Scientific memoirs by medical officers of the Army of India - Part III,
Year: 1887
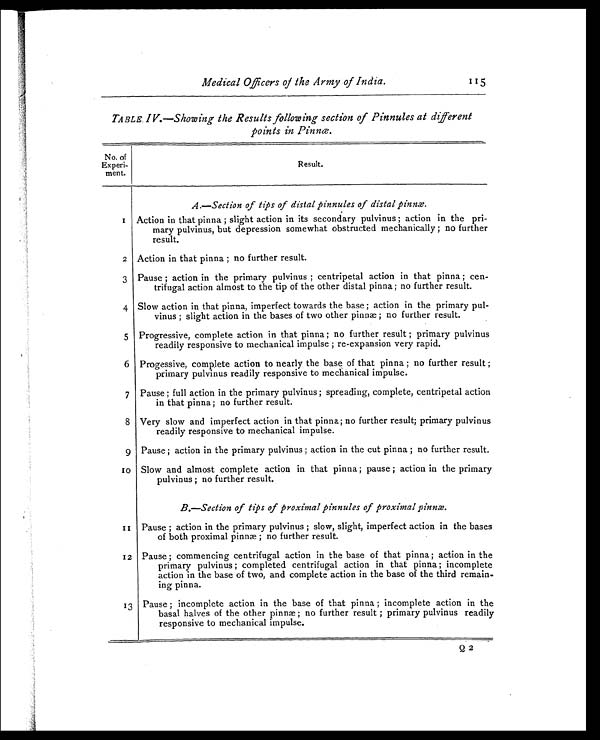
Medical Officers of the Army of India.
115
TABLE IV.—Showing the Results following section of Pinnules at different
points in Pinnœ.
No. of
Experi-
ment.
Result.
A.—Section of tips of distal pinnules of distal pinnæ.
1 Action in that pinna ; slight action in its secondary pulvinus ; action in the pri-
mary pulvinus, but depression somewhat obstructed mechanically ; no further
result.
2 Action in that pinna ; no further result.
3 Pause ; action in the primary pulvinus ; centripetal action in that pinna ; cen-
trifugal action almost to the tip of the other distal pinna; no further result.
4 Slow action in that pinna, imperfect towards the base ; action in the primary pul-
vinus ; slight action in the bases of two other pinnæ ; no further result.
5 Progressive, complete action in that pinna ; no further result ; primary pulvinus
readily responsive to mechanical impulse ; re-expansion very rapid.
6 Progessive, complete action to nearly the base of that pinna ; no further result ;
primary pulvinus readily responsive to mechanical impulse.
7 Pause ; full action in the primary pulvinus ; spreading, complete, centripetal action
in that pinna; no further result.
8 Very slow and imperfect action in that pinna; no further result; primary pulvinus
readily responsive to mechanical impulse.
9 Pause ; action in the primary pulvinus ; action in the cut pinna ; no further result.
1 0 Slow and almost complete action in that pinna ; pause ; action in the primary
pulvinus ; no further result.
B.—Section of tips of proximal pinnules of proximal pinnæ.
1 1 Pause ; action in the primary pulvinus ; slow, slight, imperfect action in the bases
of both proximal pinnæ ; no further result.
12 Pause ; commencing centrifugal action in the base of that pinna ; action in the
primary pulvinus ; completed centrifugal action in that pinna ; incomplete
action in the base of two, and complete action in the base of the third remain-
ing pinna.
13 Pause ; incomplete action in the base of that pinna ; incomplete action in the
basal halves of the other pinn; no further result ; primary pulvinus readily
responsive to mechanical impulse.